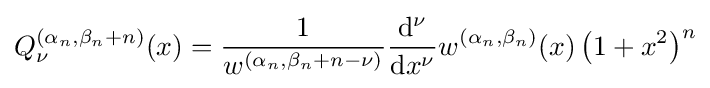
Q_{\nu }^{\left(\alpha _{n},\beta _{n}+n\right)}(x)={\frac {1}{w^{\left(\alpha _{n},\beta _{n}+n-\nu \right)}}}{\frac {{\mathrm {d} }^{\nu }}{{\mathrm {d} }x^{\nu }}}w^{\left(\alpha _{n},\beta _{n}\right)}(x)\left(1+x^{2}\right)^{n}